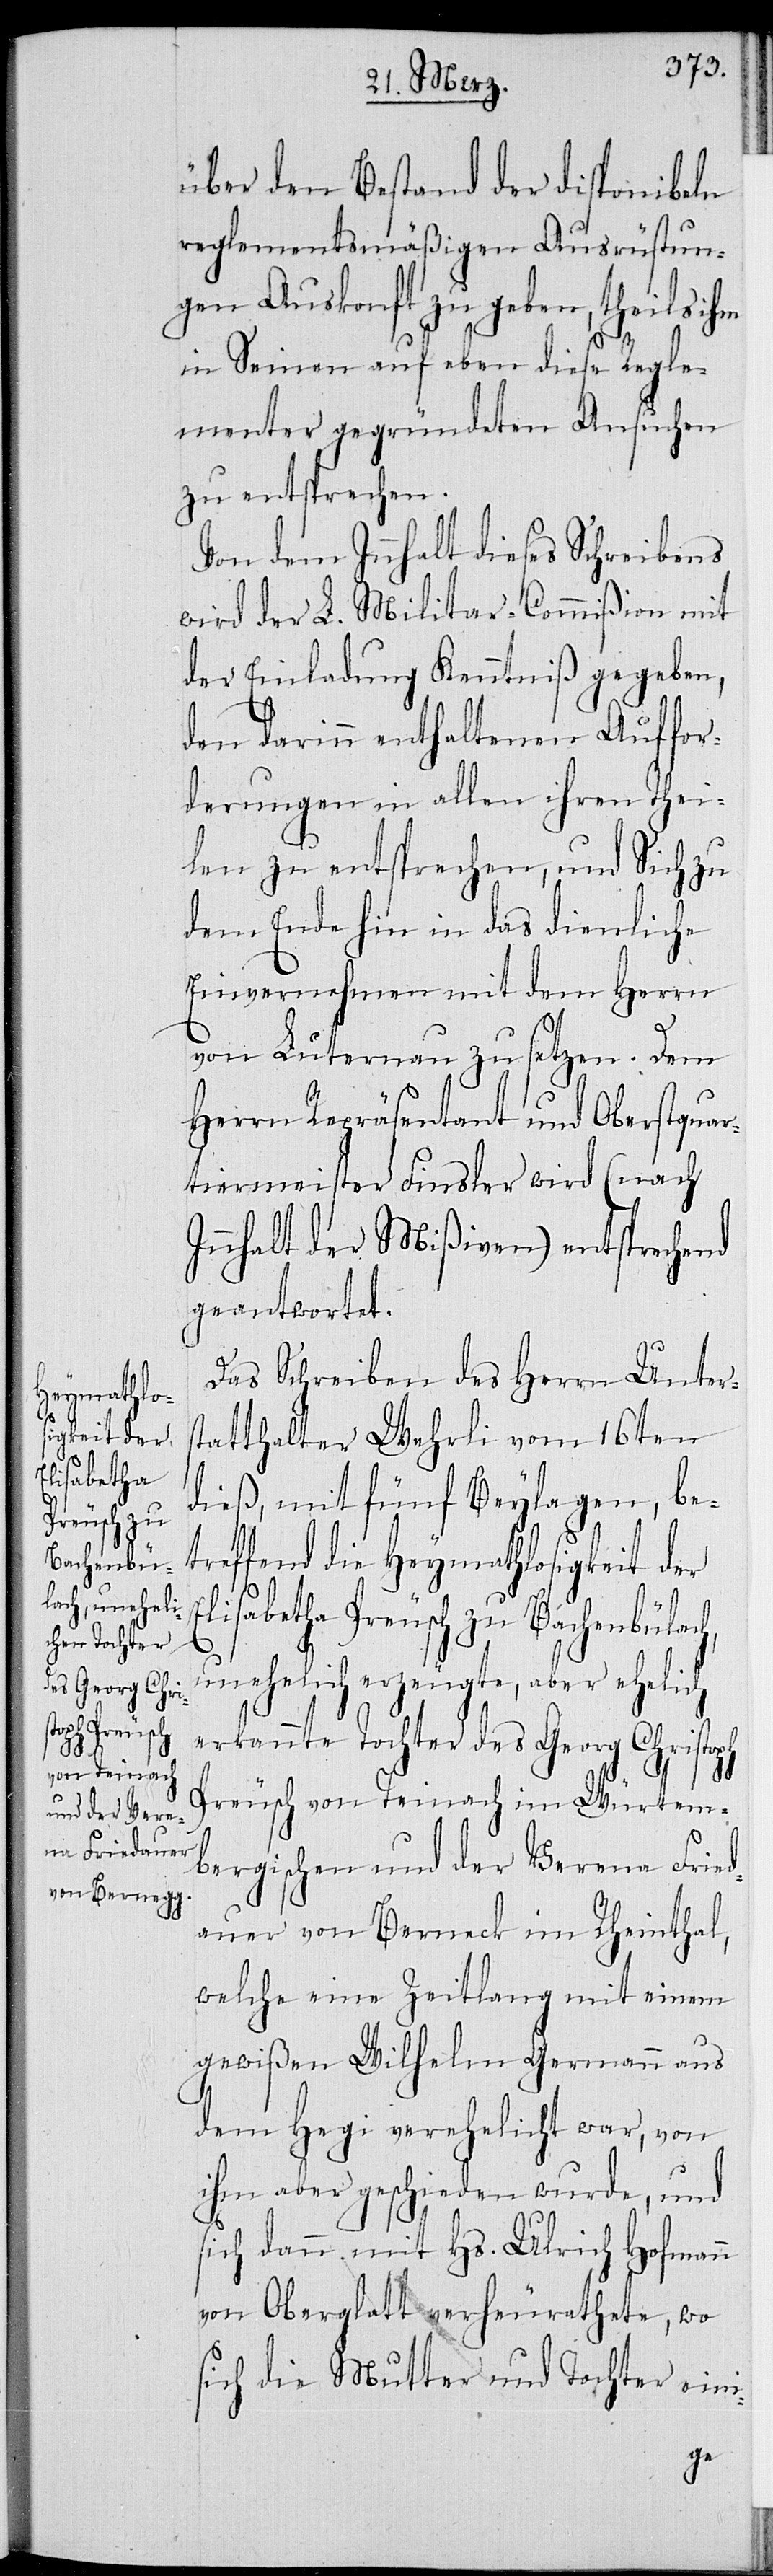
Elisabetha
Preusch zu
Bachenbü¬
lach, uneheli¬
von Berneck

über den Bestand der disponibeln
reglementsmäßigen Ausrüstun¬
gen Auskunft zu geben, theils ihm
in Seinen auf eben diese Regle¬
menter gegründeten Ansuchen
zu entsprechen.
Von dem Innhalt dieses Schreibens
wird der L. Militar-Commißion mit
der Einladung Kenntniß gegeben,
den darinn enthaltenen Auffor¬
derungen in allen ihren Thei¬
len zu entsprechen, und Sich zu
dem Ende hin in das dienliche
Einvernehmen mit dem Herrn
von Luternau zu setzen. Dem
Herrn Repräsentant und Oberstquar¬
tiermeister Finsler wird (nach
Innhalt der Mißiven) entsprechend
geantwortet.
Das Schreiben des Herrn Unter¬
tatthalter Wehrli vom 16ten
dieß, mit fünf Beylagen, be¬
treffend die Heymathlosigkeit der
[sic!] im Rheinthal,
ch erzeugte, aber ehelich
erkannte Tochter des Georg Christoph
uer
Preusch von Teinach im Würtem¬
bergischen und der Verena Fried¬
welche eine Zeitlang mit einem
gewißen Wilhelm Germann aus
dem Hegi verehelicht war, von
ihm aber geschieden wurde, und
sich dann mit Hs. Ulrich Hofmann
von Oberglatt verheurathete, wo
sich die Mutter und Tochter eini-